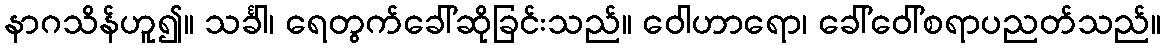
နာဂသိန်ဟူ၍။ သင်္ခါ၊ ရေတွက်ခေါ်ဆိုခြင်းသည်။ ဝေါဟာရော၊ ခေါ်ဝေါ်စရာပညတ်သည်။